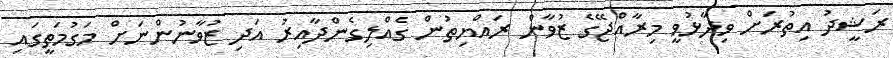
ރަޝީދު އިތުރަށް ވިދާޅުވީ މިރާއްޖޭގެ ޒުވާން ރައްޔިތުން ގެއްލިގެންދާއިރު އަދި ޒުވާނުންނަށް މަގުމަތީގައި